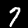
Label: 7